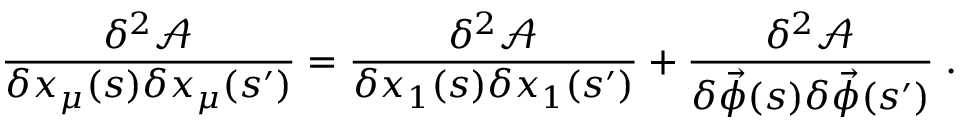
\frac { \delta ^ { 2 } \mathcal { A } } { \delta x _ { \mu } ( s ) \delta x _ { \mu } ( s ^ { \prime } ) } = \frac { \delta ^ { 2 } \mathcal { A } } { \delta x _ { 1 } ( s ) \delta x _ { 1 } ( s ^ { \prime } ) } + \frac { \delta ^ { 2 } \mathcal { A } } { \delta \vec { \phi } ( s ) \delta \vec { \phi } ( s ^ { \prime } ) } \; .